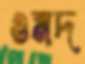
ওমদ